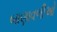
બાણાવળીઓ